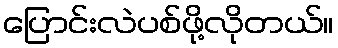
ပြောင်းလဲပစ်ဖို့လိုတယ်။